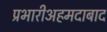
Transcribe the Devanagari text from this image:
प्रभारीअहमदाबाद